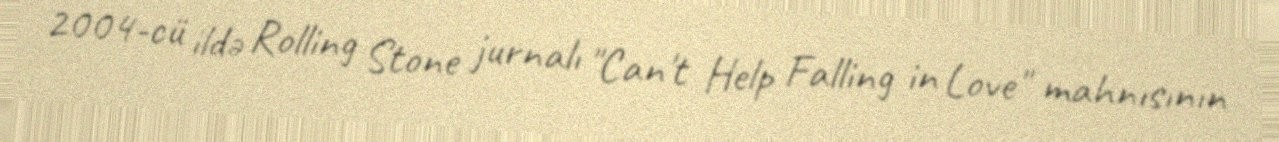
2004-cü ildə Rolling Stone jurnalı "Can't Help Falling in Love" mahnısının